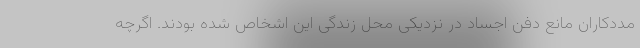
مددکاران مانع دفن اجساد در نزدیکی محل زندگی این اشخاص شده بودند. اگرچه